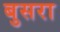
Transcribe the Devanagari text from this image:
बुसरा